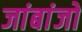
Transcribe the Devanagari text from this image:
जांबांजो